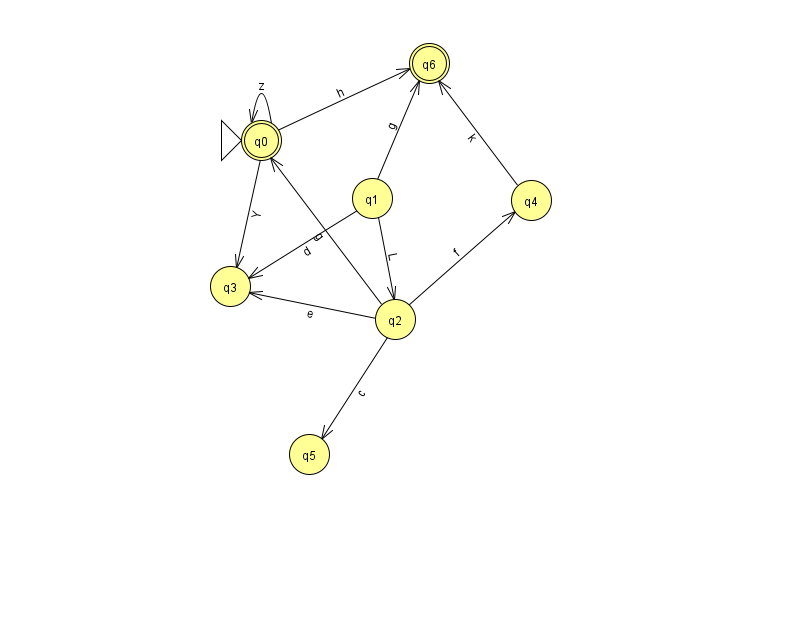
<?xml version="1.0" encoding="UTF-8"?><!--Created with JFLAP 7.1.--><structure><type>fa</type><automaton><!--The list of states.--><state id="0" name="q0"><x>261.0</x><y>127.0</y><initial/><final/></state><state id="1" name="q1"><x>372.0</x><y>185.0</y></state><state id="2" name="q2"><x>395.0</x><y>306.0</y></state><state id="3" name="q3"><x>230.0</x><y>273.0</y></state><state id="4" name="q4"><x>531.0</x><y>187.0</y></state><state id="5" name="q5"><x>309.0</x><y>441.0</y></state><state id="6" name="q6"><x>429.0</x><y>50.0</y><final/></state><!--The list of transitions.--><transition><from>2</from><to>3</to><read>e</read></transition><transition><from>0</from><to>3</to><read>Y</read></transition><transition><from>2</from><to>5</to><read>c</read></transition><transition><from>1</from><to>6</to><read>g</read></transition><transition><from>1</from><to>2</to><read>L</read></transition><transition><from>4</from><to>6</to><read>k</read></transition><transition><from>0</from><to>0</to><read>z</read></transition><transition><from>2</from><to>0</to><read>g</read></transition><transition><from>0</from><to>6</to><read>h</read></transition><transition><from>1</from><to>3</to><read>d</read></transition><transition><from>2</from><to>4</to><read>f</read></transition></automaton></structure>